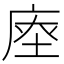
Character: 𢉉